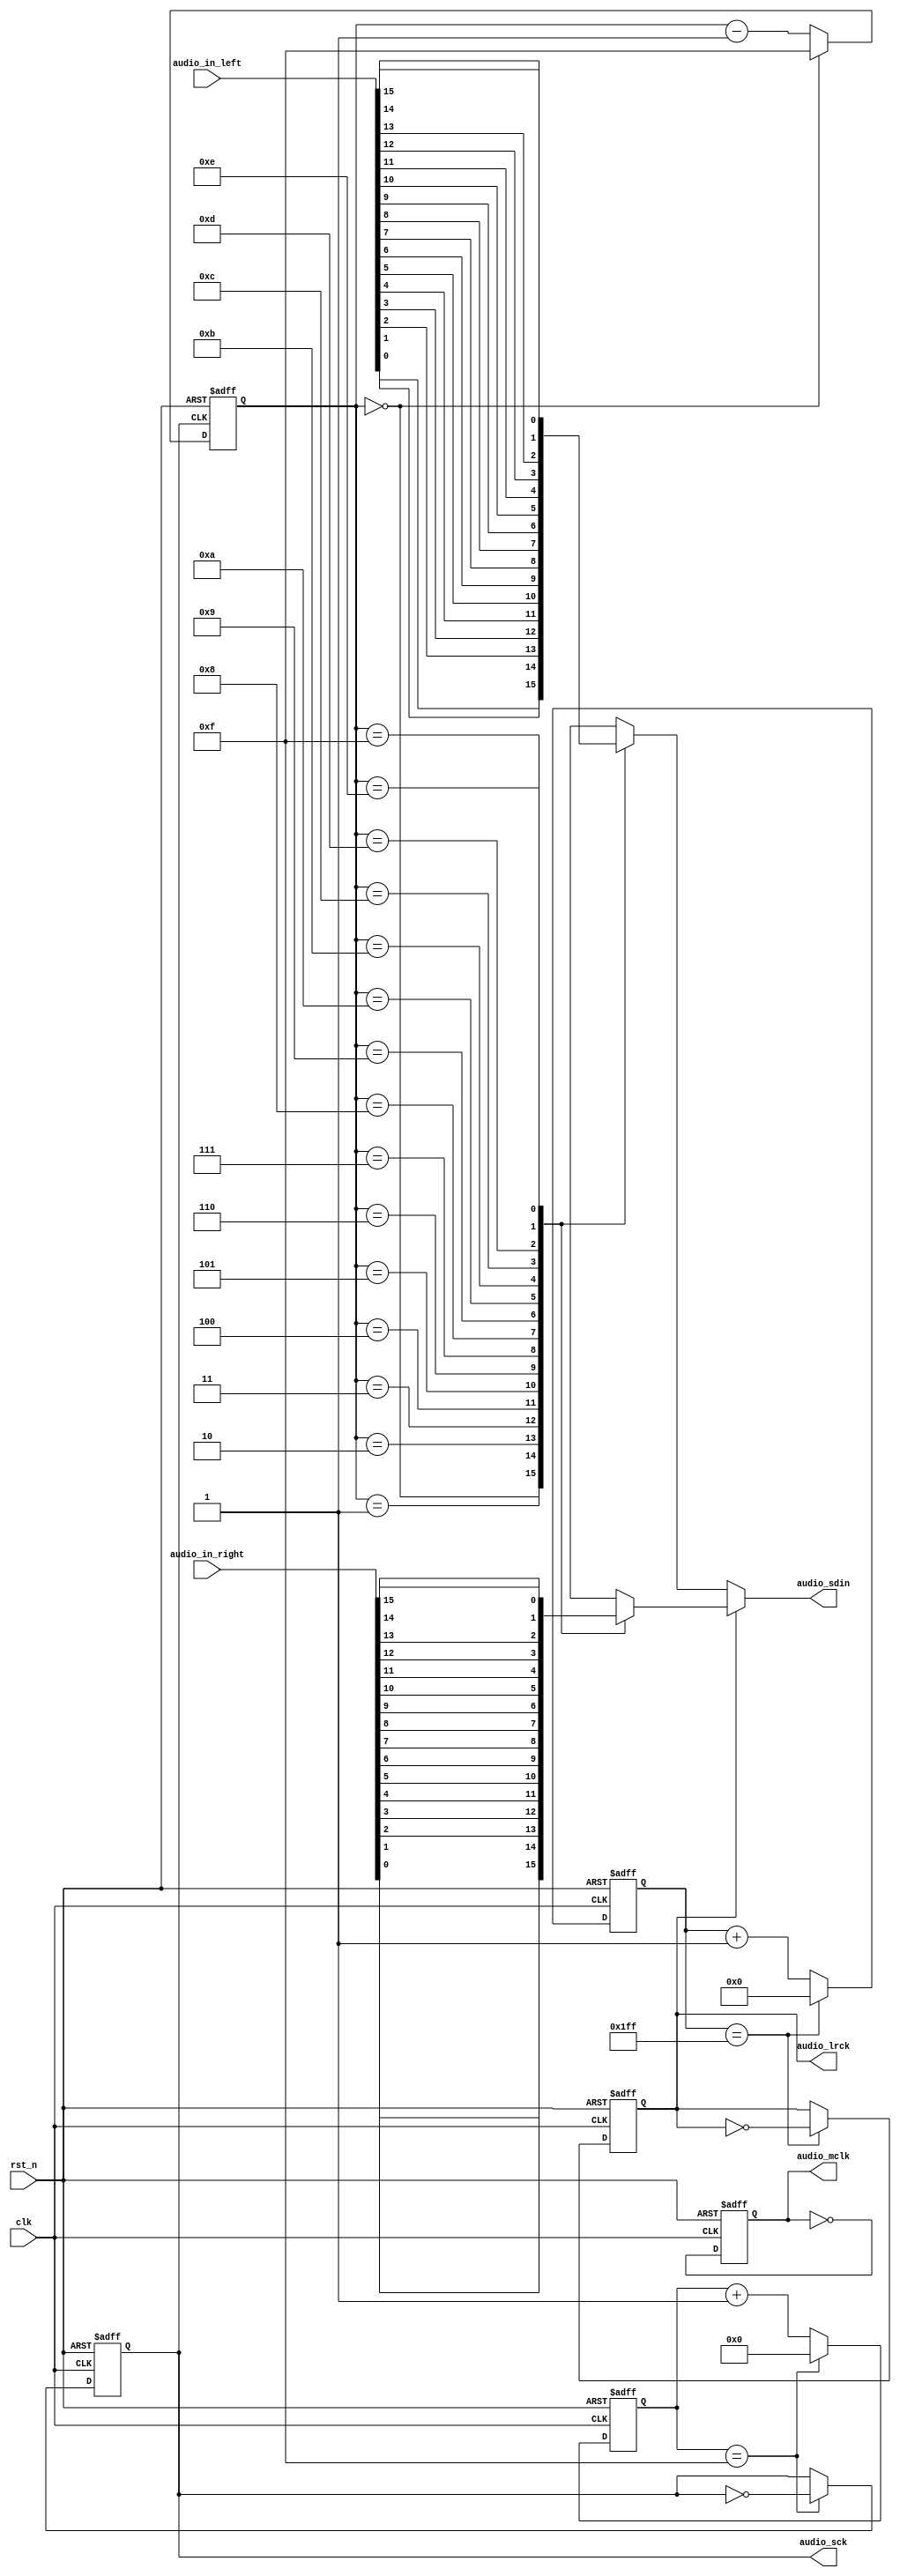
module speaker(clk, rst_n, audio_mclk, audio_lrck, audio_sck, audio_sdin, audio_in_left, audio_in_right);
    input clk; 
    input rst_n; 
    input [15:0]audio_in_left;
    input [15:0]audio_in_right;
    output reg audio_mclk; 
    output reg audio_lrck; 
    output reg audio_sck; 
    output reg audio_sdin; 

    reg mclk_next;
    reg lrck_next;
    reg sck_next;
    reg [8:0]L;
    reg [8:0]L_TEMP;
    reg [3:0]S;
    reg [3:0]S_TEMP;
    reg [1:0]M;
    reg [1:0]M_TEMP;
    reg [3:0]count;
    reg [3:0]count_temp;
    
    always @*
        if (L == 9'D511) begin 
            L_TEMP = 9'd0;
            lrck_next = ~audio_lrck;
        end
        else begin 
            L_TEMP = L + 1'b1;
            lrck_next = audio_lrck;
        end
    always @*
        if (S == 4'd15) begin 
            S_TEMP = 4'd0;
            sck_next = ~audio_sck;
        end
        else begin 
            S_TEMP = S + 1'b1;
            sck_next = audio_sck;
        end
                    
      always @*
            if (M == 2'd3) begin 
                M_TEMP = 2'd0;
                mclk_next = ~audio_mclk;
            end
            else begin 
                M_TEMP = M + 1'b1;
                mclk_next = ~audio_mclk;
            end
                    
     always@(posedge clk or negedge rst_n)
        if (~rst_n) begin
            S = 0;
            M = 0;
            L = 0;
            audio_mclk = 0;
            audio_lrck = 0;
            audio_sck = 0;
        end 
        else begin
            S = S_TEMP;
            M = M_TEMP;
            L = L_TEMP;
            audio_mclk = mclk_next;
            audio_lrck = lrck_next;
            audio_sck = sck_next;
        end
     
    always @*
        if (count == 4'd0)  count_temp = 4'd15;
        else count_temp = count - 1'b1;
  
     always@(negedge audio_sck or negedge rst_n)
        if (~rst_n) count = 4'd15;
        else count = count_temp;
     
     always@*
        if (~audio_lrck)
            case(count)
                4'd0: audio_sdin = audio_in_left[0];
                4'd1: audio_sdin = audio_in_left[1];
                4'd2: audio_sdin = audio_in_left[2];
                4'd3: audio_sdin = audio_in_left[3];
                4'd4: audio_sdin = audio_in_left[4];
                4'd5: audio_sdin = audio_in_left[5];
                4'd6: audio_sdin = audio_in_left[6];
                4'd7: audio_sdin = audio_in_left[7];
                4'd8: audio_sdin = audio_in_left[8];
                4'd9: audio_sdin = audio_in_left[9];
                4'd10: audio_sdin = audio_in_left[10];
                4'd11: audio_sdin = audio_in_left[11];
                4'd12: audio_sdin = audio_in_left[12];
                4'd13: audio_sdin = audio_in_left[13];
                4'd14: audio_sdin = audio_in_left[14];
                4'd15: audio_sdin = audio_in_left[15];
                default: audio_sdin = 1'b0;
            endcase
        else
            case(count)
                4'd0: audio_sdin = audio_in_right[0];
                4'd1: audio_sdin = audio_in_right[1];
                4'd2: audio_sdin = audio_in_right[2];
                4'd3: audio_sdin = audio_in_right[3];
                4'd4: audio_sdin = audio_in_right[4];
                4'd5: audio_sdin = audio_in_right[5];
                4'd6: audio_sdin = audio_in_right[6];
                4'd7: audio_sdin = audio_in_right[7];
                4'd8: audio_sdin = audio_in_right[8];
                4'd9: audio_sdin = audio_in_right[9];
                4'd10: audio_sdin = audio_in_right[10];
                4'd11: audio_sdin = audio_in_right[11];
                4'd12: audio_sdin = audio_in_right[12];
                4'd13: audio_sdin = audio_in_right[13];
                4'd14: audio_sdin = audio_in_right[14];
                4'd15: audio_sdin = audio_in_right[15];
                default: audio_sdin = 1'b0;
            endcase

endmodule